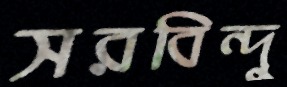
সরবিন্দু